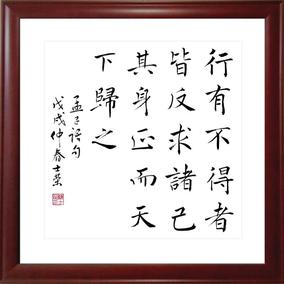
行有不得者，皆反求诸己，其身正而天下归之。